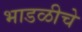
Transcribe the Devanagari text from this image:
भाडळीचे